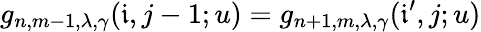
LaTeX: g_{n,m-1,\lambda,\gamma}(\mathfrak{i},j-1;u)=g_{n+1,m,\lambda,\gamma}(\mathfrak{i}^{\prime},j;u)